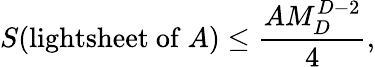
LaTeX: S(\mathrm{lightsheet~of~}A)\leq\frac{AM_{D}^{D-2}}{4},